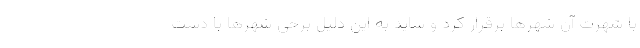
با شهرت آن شهرها برقرار کرد و شاید به این دلیل برخی شهرها با دست‌